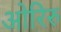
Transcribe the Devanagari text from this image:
ओरिरु